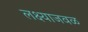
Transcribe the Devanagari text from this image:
लक्ष्याजवळ